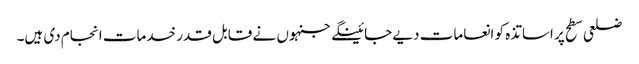
ضلعی سطح پر اساتذہ کو انعامات دیے جائینگے جنہوں نے قابل قدر خدمات انجام دی ہیں۔